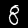
Label: 8